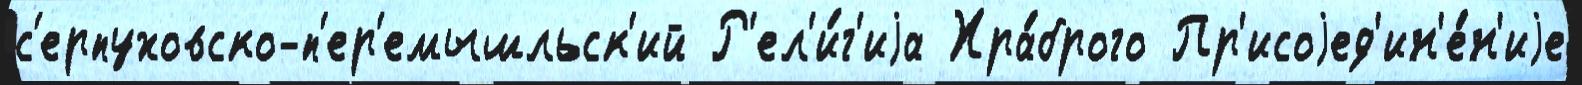
с'ерпуховско-п'ер'емышльск'ий Р'ел'и́г'иjа Хра́брого Пр'исоjед'ин'е́н'иjе